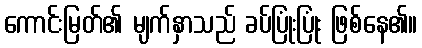
ကောင်းမြတ်၏ မျက်နှာသည် ခပ်ပြုံးပြုံး ဖြစ်နေ၏။